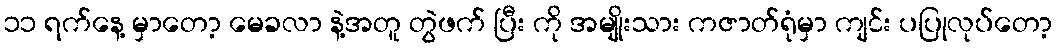
၁၁ ရက်နေ့ မှာတော့ မေခလာ နဲ့အတူ တွဲဖက် ပြီး ကို အမျိုးသား ကဇာတ်ရုံမှာ ကျင်း ပပြုလုပ်တော့